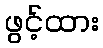
ဖွင့်ထား